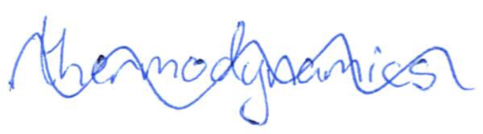
Text: thermodynamics
Cross-out: wave
Writing tool: ballpoint